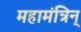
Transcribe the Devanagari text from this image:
महामंत्रिन्‌